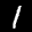
Label: 1